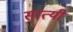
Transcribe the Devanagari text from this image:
सात्यी